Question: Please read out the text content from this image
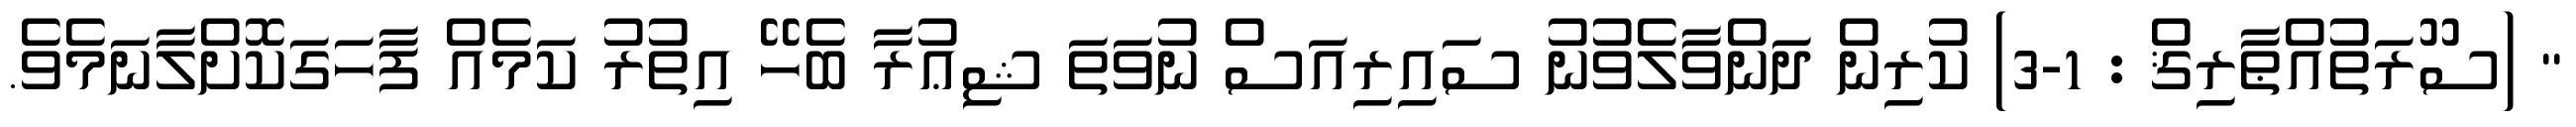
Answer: " (ސޫރަތުއްޠާރިޤް : 1-3) ކުރިން ދަންވާލެވުނު ސައިރިއަސް ނުވަތަ ޝިޢުރާ ބެހޭ އިތުރު ކަމެއް ފާހަގަކޮށްލާނަމެވެ.